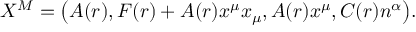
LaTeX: X ^ { M } = \left( A ( r ) , F ( r ) + A ( r ) x ^ { \mu } x _ { \mu } , A ( r ) x ^ { \mu } , C ( r ) n ^ { \alpha } \right) \! .